Insane asylums Bombay 1873-77 - 1873-1877
Year: 1873
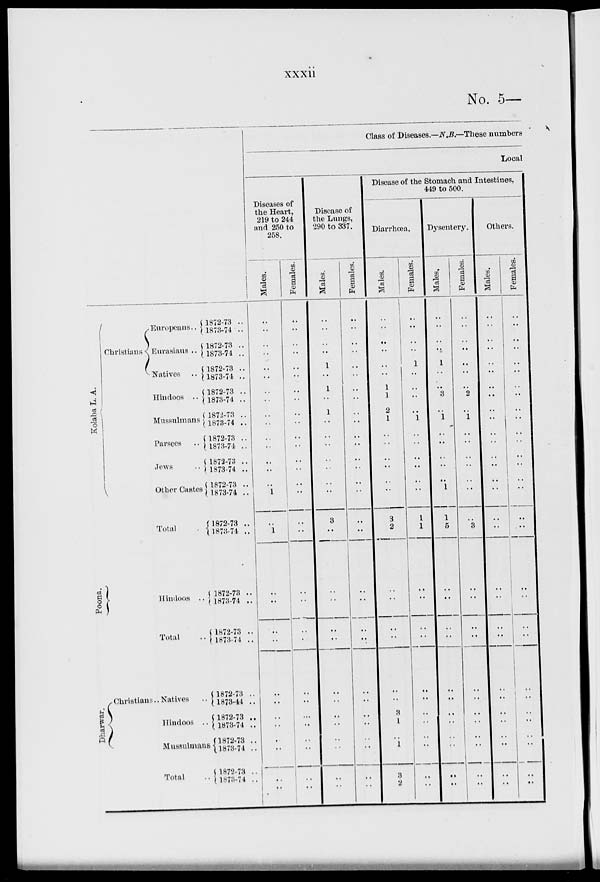
xxxii
No. 5—
Kolaba L. A.
Christians
Europeans..
Eurasians ..
Natives ..
Hindoos ..
Mussulmans
Parsees ..
Jews ..
Other Castes
Total ..
Poona.
Hindoos ..
Total ..
Dharwar.
Christians.. Natives
Hindoos ..
Mussulmans
Total ..
1872-73 ..
1873-74 ..
1872-73 ..
1873-74 ..
1872-73 ..
1873-74 ..
1872-73 ..
1873-74 ..
1872-73 ..
1873-74 ..
1872-73 ..
1873-74 ..
1872-73 ..
1873-74 ..
1872-73 ..
1873-74 ..
1872-73 ..
1873-74 ..
1872-73 ..
1873-74 ..
1872-73 ..
1873-74 ..
1872-73 ..
1873-44 ..
1872-73 ..
1873-74 ..
1872-73 ..
1873-74 ..
1872-73 ..
1873-74 ..
Class of Diseases.—N.B.—These numbers
Local
Diseases of
the Heart,
219 to 244
and 250 to
258.
Males.
..
..
..
..
..
..
..
..
..
..
..
..
..
..
..
1
..
1
..
..
..
..
..
..
..
..
..
..
..
..
Females.
..
..
..
..
..
..
..
..
..
..
..
..
..
..
..
..
..
..
..
..
..
..
..
..
...
..
..
..
..
..
Disease of
the Lungs,
290 to 337.
Males.
..
..
..
..
1
..
1
..
1
..
..
..
..
..
..
..
3
..
..
..
..
..
..
..
..
..
..
..
..
..
Females.
..
..
..
..
..
..
..
..
..
..
..
..
..
..
..
..
..
..
..
..
..
..
..
..
..
..
..
..
..
..
Disease of the Stomach and Intestines,
449 to 500.
Diarrhœa.
Males.
..
..
..
..
..
..
1
1
2
1
..
..
..
..
..
..
3
2
..
..
..
..
..
..
3
1
..
1
3
2
Females.
..
..
..
..
1
..
..
..
..
1
..
..
..
..
..
..
1
1
..
..
..
..
..
..
..
..
..
..
..
..
Dysentery.
Males.
..
..
..
..
1
..
..
3
..
1
..
..
..
..
..
1
1
5
..
..
..
..
..
..
..
..
..
..
..
..
Females.
..
..
..
..
..
..
..
2
..
1
..
..
..
..
..
..
..
3
..
..
..
..
..
..
..
..
..
..
..
..
Others.
Males.
..
..
..
..
..
..
..
..
..
..
..
..
..
..
..
..
..
..
..
..
..
..
..
..
..
..
..
..
..
..
Females.
..
..
..
..
..
..
..
..
..
..
..
..
..
..
..
..
..
..
..
..
..
..
..
..
..
..
..
..
..
..